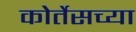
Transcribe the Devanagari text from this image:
कोर्तेसच्या